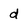
Character: d